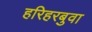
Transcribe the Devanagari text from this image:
हरिहरबुवा